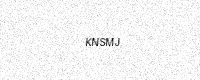
Text: KNSMJ